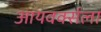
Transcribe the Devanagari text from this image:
आयवर्क्सला